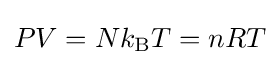
PV=Nk_{\rm {B}}T=nRT